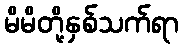
မိမိတို့နှစ်သက်ရာ